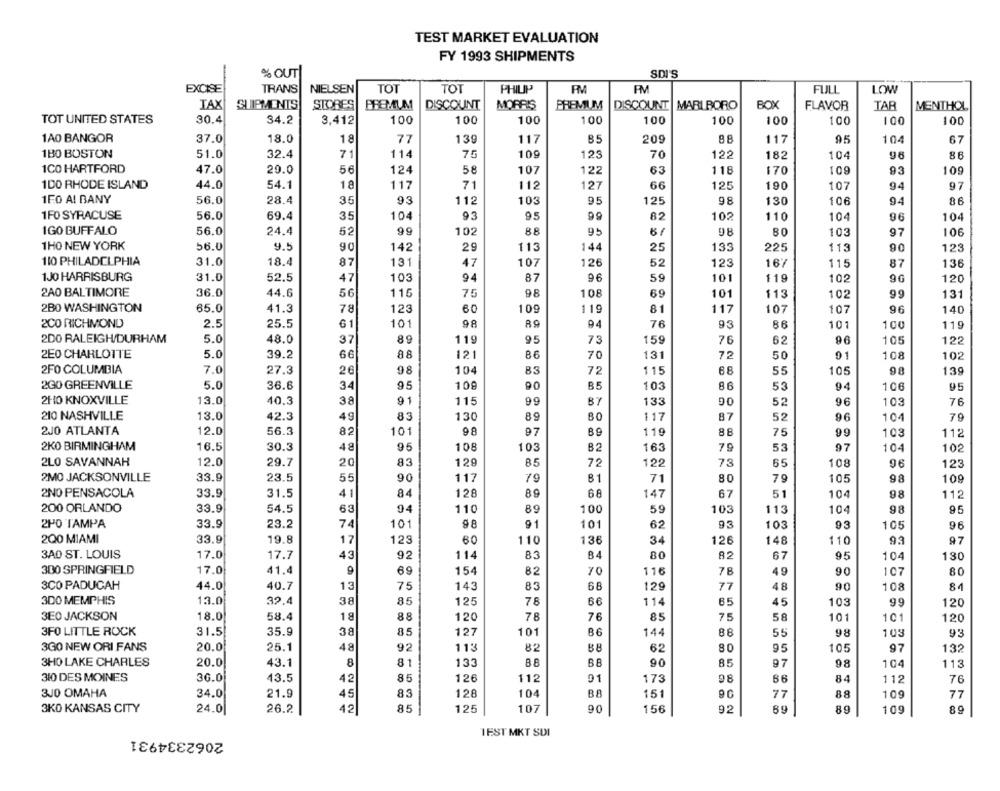
TEST MARKET EVALUATION
FY 1993 SHIPMENTS
% OUT
SDI'S
EXCISE
TRANS
NIELSEN
TOT
TOT
PHIUP
FM
FULL
LOW
BOX
TAX
SLIPMENTS
STORES
PREMIUM
DISCOUNT
MORRIS
PREMIUM
DISCOUNT MARLBORO
FLAVOR
TAR
MENTHOL
30.4
34.2
3,412
10
100
100
100
100
100
TOT UNITED STATES
100
100
100
100
1A0 BANGOR
37.0
18.0
18
77
139
117
85
209
88
117
95
104
67
1BO BOSTON
51.0
32.4
71
114
75
109
123
70
122
182
104
96
86
1CO HARTFORD
47.0
29.0
56
124
58
107
122
63
118
170
109
93
109
100 RHODE ISLAND
44.0
54.1
18
117
71
112
127
66
125
190
107
94
97
1FO AI BANY
93
56.0
28.4
35
112
103
95
125
98
130
106
94
86
1FO SYRACUSE
104
56.0
69.4
35
93
95
99
82
102
110
104
96
104
IGO BUFFALO
99
88
56.0
24.4
52
102
95
6/
98
80
103
97
106
1HO NEW YORK
56.0
9.5
90
142
29
113
144
25
133
225
113
90
123
110 PHILADELPHIA
31.0
18.4
131
107
123
115
87
47
126
52
167
87
136
1J0 HARRISBURG
31.0
52.5
47
103
87
96
59
101
102
9G
120
94
119
2A0 BALTIMORE
36.0
44.6
56
116
98
108
69
101
102
99
131
75
113
2BO WASHINGTON
65.0
41.3
123
109
119
81
117
107
107
96
78
60
140
200 RICHMOND
2.5
25.5
61
101
98
89
94
76
93
101
119
86
100
2DO RALEIGH/DURHAM
5.0
48.0
37
119
95
73
159
76
96
105
122
62
2E0 CHARLOTTE
5.0
39.2
66
88
121
86
70
131
72
50
01
108
102
2FO COLUMBIA
7.0
27.3
26
98
104
83
72
115
68
55
105
98
139
200 GREENVILLE
5.0
36.6
34
95
109
90
B5
103
86
53
94
106
2HO KNOXVILLE
13.0
40.3
38
91
115
99
133
90
52
96
103
76
210 NASHVILLE
13.0
42.3
49
83
130
89
80
117
87
52
96
104
79
2JO ATLANTA
12.0
56.3
82
101
97
89
119
88
75
99
103
112
2KO BIRMINGHAM
16.5
30.3
48
95
108
103
B2
163
79
53
97
104
102
2LO SAVANNAH
12.0
29.7
20
83
129
85
72
122
73
65
108
123
2MO JACKSONVILLE
33.9
23.5
55
90
117
79
81
71
80
79
105
98
109
2NO PENSACOLA
33.9
31.5
41
84
128
89
68
147
67
51
104
112
200 ORLANDO
33.9
54.5
63
94
110
89
100
59
103
113
104
98
95
91
2H0 TAMPA
33.9
23.2
74
101
101
62
93
103
93
105
96
33.9
19.8
123
200 MIAMI
17
60
110
136
34
126
148
110
93
97
3A0 ST. LOUIS
17.0
82
67
95
17.7
43
92
114
B4
80
104
130
300 SPRINGFIELD
17.0
41.4
154
82
116
49
90
80
69
70
78
107
3CO PADUCAH
44.0
40.7
143
83
129
48
90
84
13
75
68
77
108
300 MEMPHIS
13.0
32.4
38
85
125
78
66
114
45
103
99
85
120
3E0 JACKSON
18.0
58.4
18
120
78
76
85
75
58
101
101
120
88
3FO LITTLE ROCK
31.5
35.9
38
127
101
86
144
88
55
98
103
93
3GO NEW ORI FANS
20.0
25.1
48
92
113
82
88
62
80
95
105
97
132
3HO LAKE CHARLES
20.0
43.1
8
81
133
88
68
90
85
97
98
104
113
310 DES MOINES
36.0
43.5
42
85
126
112
01
173
98
66
84
112
76
310 OMAHA
34.0
21.9
45
83
128
104
B8
15
77
88
109
77
3KO KANSAS CITY
24.0
26.2
42
85
125
107
90
156
92
69
89
109
89
2062334931
1EST MKT SDI